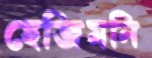
হেজিমনি